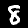
Digit: 8